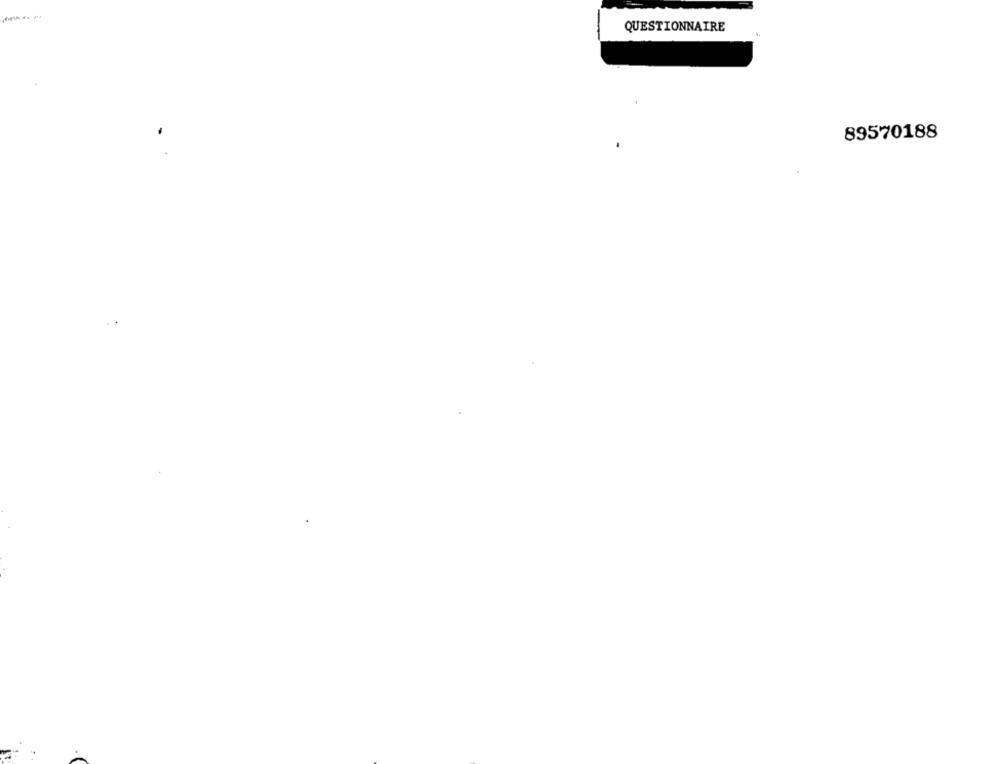
QUESTIONNAIRE
89570188